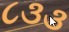
૮૩૩